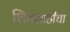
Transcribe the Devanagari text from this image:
शिवशाहीचा